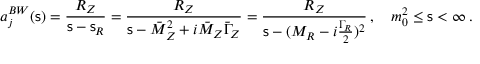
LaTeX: a _ { j } ^ { B W } ( { \mathsf s } ) = \frac { R _ { Z } } { { \mathsf s } - { \mathsf s } _ { R } } = \frac { R _ { Z } } { { \mathsf s } - \bar { M } _ { Z } ^ { 2 } + i \bar { M } _ { Z } \bar { \Gamma } _ { Z } } = \frac { R _ { Z } } { { \mathsf s } - ( M _ { R } - i \frac { \Gamma _ { R } } { 2 } ) ^ { 2 } } \, , \quad m _ { 0 } ^ { 2 } \leq { \mathsf s } < \infty \, .